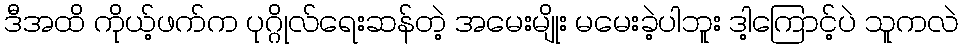
ဒီအထိ ကိုယ့်ဖက်က ပုဂ္ဂိုလ်ရေးဆန်တဲ့ အမေးမျိုး မမေးခဲ့ပါဘူး ဒါ့ကြောင့်ပဲ သူကလဲ